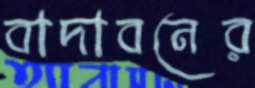
বাদাবনের